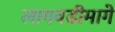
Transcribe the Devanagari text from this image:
लागवडीमागे